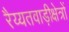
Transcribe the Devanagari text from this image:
रैय्यतवाड़ीक्षेत्रों